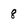
Character: 8